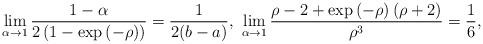
LaTeX: \begin{align*}\lim_{\alpha \rightarrow 1}\frac{1-\alpha}{2\left(1-\exp\left(-\rho\right)\right)}=\frac{1}{2(b-a)}, \, \,\lim_{\alpha \rightarrow 1}\frac{\rho-2+\exp\left(-\rho\right)\left(\rho+2\right)}{\rho^3}=\frac{1}{6},\end{align*}